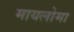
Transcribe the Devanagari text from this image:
मायलोमा